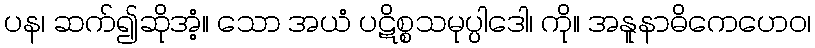
ပန၊ ဆက်၍ဆိုအံ့။ သော အယံ ပဋိစ္စသမုပ္ပါဒေါ၊ ကို။ အနူနာဓိကေဟေဝ၊